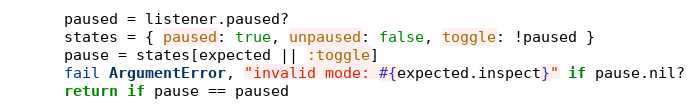
Language: Ruby
      paused = listener.paused?
      states = { paused: true, unpaused: false, toggle: !paused }
      pause = states[expected || :toggle]
      fail ArgumentError, "invalid mode: #{expected.inspect}" if pause.nil?
      return if pause == paused